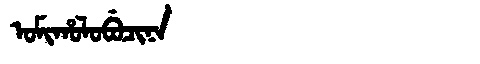
Manchu: ᠣᠮᡳᡥᠣᠯᠣᠪᡠᠴᡳᠨᠠ
Romanization: OMIHOLOBUCINA